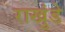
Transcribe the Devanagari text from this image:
राखुंडे